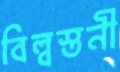
বিল্বস্তনী